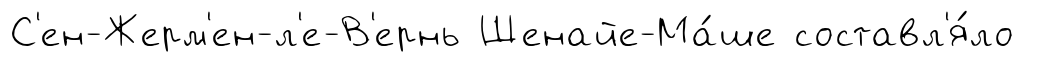
С'ен-Жерм'ен-л'е-В'ернь Шенайе-Ма́ше составл'я́ло